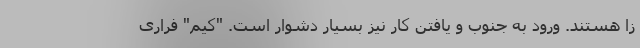
زا هستند. ورود به جنوب و یافتن کار نیز بسیار دشوار است. "کیم" فراری